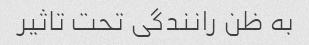
به ظن رانندگی تحت تاثیر